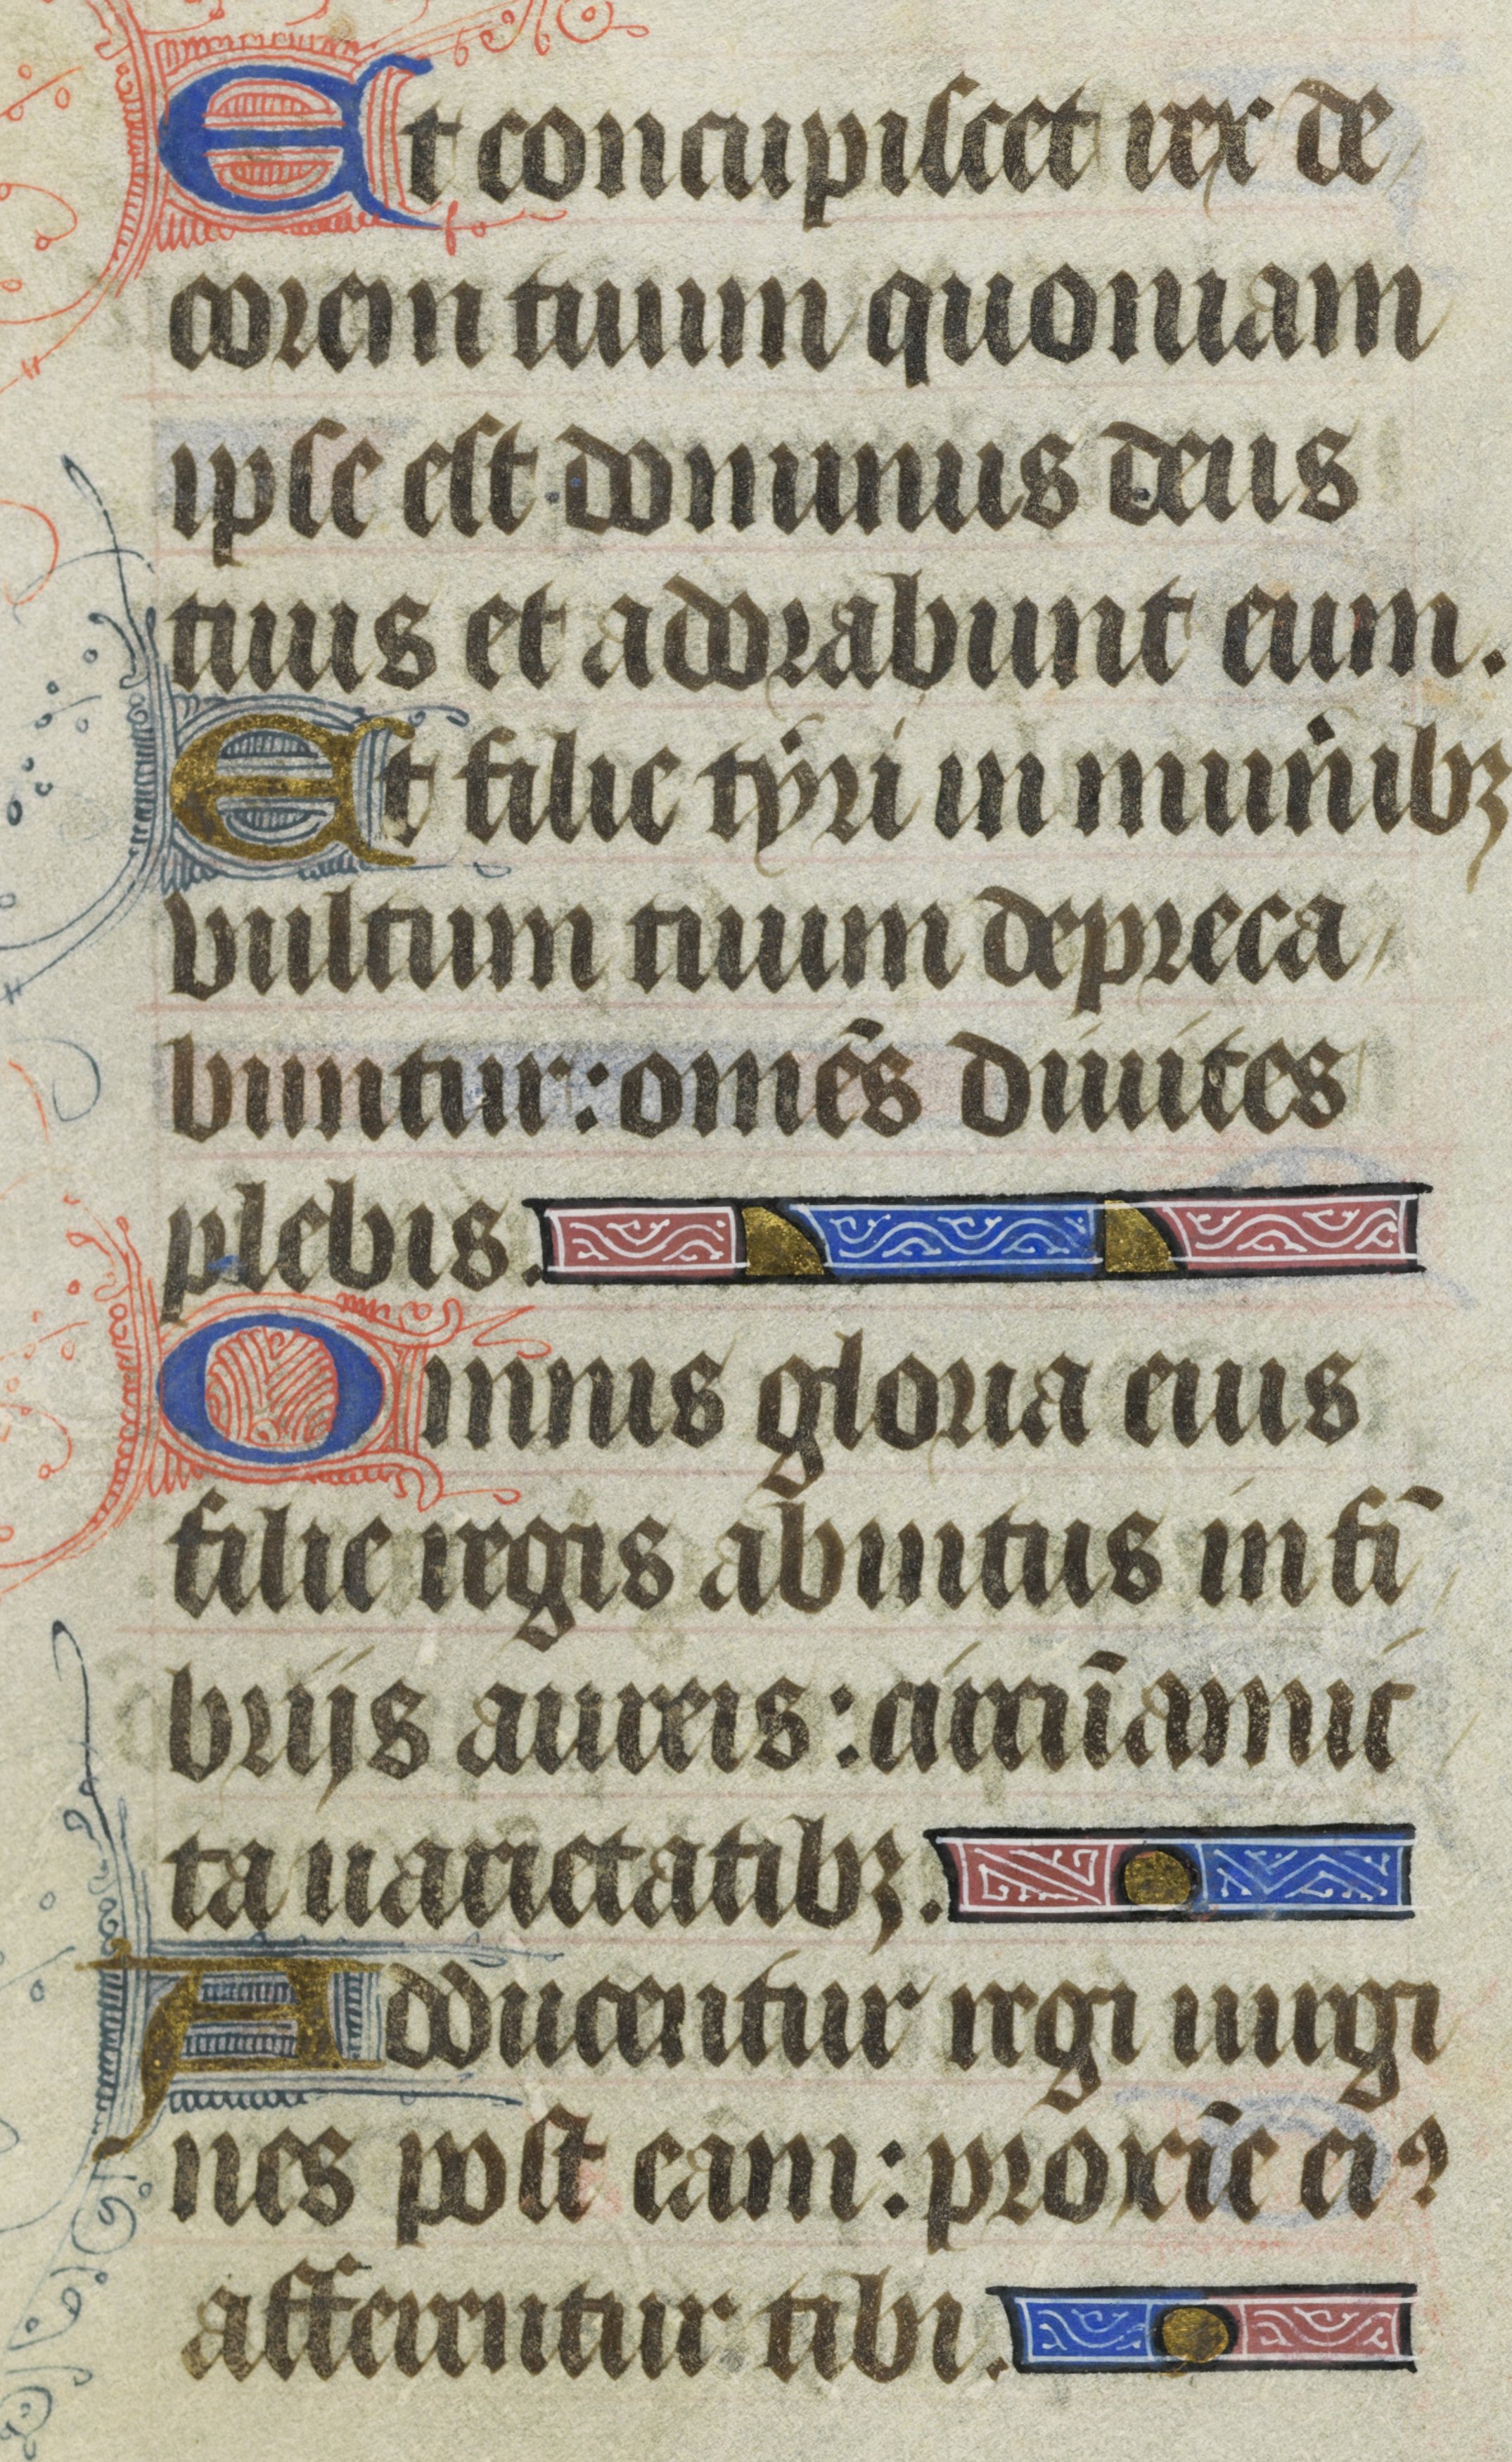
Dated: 1400–1430